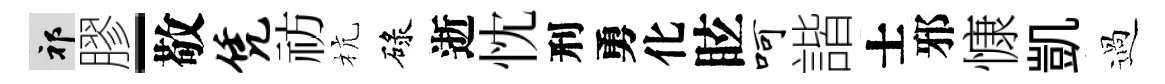
祁膠-敬凭祊杭碌逝忱刑勇化眩呵諧士邪慷凱過